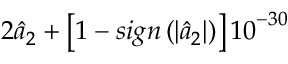
2 { { \hat { a } } _ { 2 } } + \left[ 1 - s i g n \left( \left| { { { \hat { a } } } _ { 2 } } \right| \right) \right] { { 1 0 } ^ { - 3 0 } }